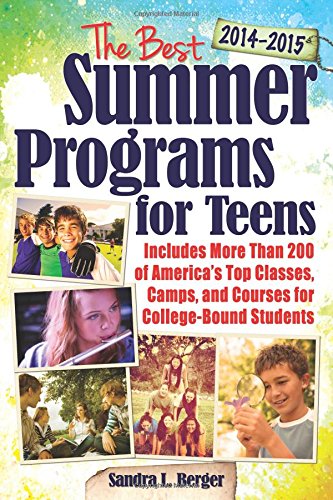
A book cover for The Best Summer Programs for Teens: America's Top Classes, Camps, and Courses for College-Bound Students; Sandra Berger; Teen & Young Adult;